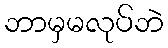
ဘာမှမလုပ်ဘဲ